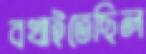
বখাইতেছিল